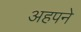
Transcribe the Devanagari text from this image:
अहपने